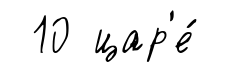
10 цар'е́